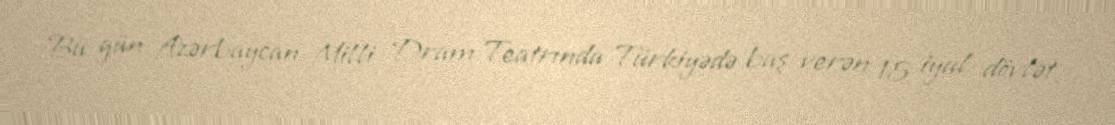
Bu gün Azərbaycan Milli Dram Teatrında Türkiyədə baş verən 15 iyul dövlət